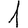
Digit: 1